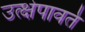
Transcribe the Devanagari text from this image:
उत्क्षेपावर्त